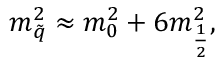
m _ { \tilde { q } } ^ { 2 } \approx m _ { 0 } ^ { 2 } + 6 m _ { \frac { 1 } { 2 } } ^ { 2 } ,